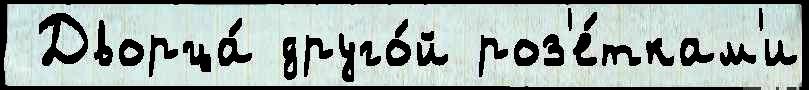
 Дворца́ друго́й роз'е́ткам'и